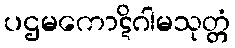
ပဌမကောဋိဂါမသုတ္တံ